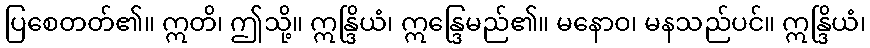
ပြစေတတ်၏။ ဣတိ၊ ဤသို့။ ဣန္ဒြိယံ၊ ဣန္ဒြေမည်၏။ မနောဝ၊ မနသည်ပင်။ ဣန္ဒြိယံ၊